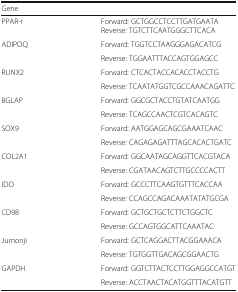
<table><thead><tr><td><b>Gene</b></td><td>[EMPTY_CELL]</td></tr></thead><tbody><tr><td>PPAR-r</td><td>Forward: GCTGGCCTCCTTGATGAATAReverse: TGTCTTCAATGGGCTTCACA</td></tr><tr><td rowspan="2">ADIPOQ</td><td>Forward: TGGTCCTAAGGGAGACATCG</td></tr><tr><td>Reverse: TGGAATTTACCAGTGGAGCC</td></tr><tr><td rowspan="2">RUNX2</td><td>Forward: CTCACTACCACACCTACCTG</td></tr><tr><td>Reverse: TCAATATGGTCGCCAAACAGATTC</td></tr><tr><td rowspan="2">BGLAP</td><td>Forward: GGCGCTACCTGTATCAATGG</td></tr><tr><td>Reverse: TCAGCCAACTCGTCACAGTC</td></tr><tr><td rowspan="2">SOX9</td><td>Forward: AATGGAGCAGCGAAATCAAC</td></tr><tr><td>Reverse: CAGAGAGATTTAGCACACTGATC</td></tr><tr><td rowspan="2">COL2A1</td><td>Forward: GGCAATAGCAGGTTCACGTACA</td></tr><tr><td>Reverse: CGATAACAGTCTTGCCCCACTT</td></tr><tr><td rowspan="2">IDO</td><td>Forward: GCCCTTCAAGTGTTTCACCAA</td></tr><tr><td>Reverse: CCAGCCAGACAAATATATGCGA</td></tr><tr><td rowspan="2">CD98</td><td>Forward: GCTGCTGCTCTTCTGGCTC</td></tr><tr><td>Reverse: GCCAGTGGCATTCAAATAC</td></tr><tr><td rowspan="2">Jumonji</td><td>Forward: GCTCAGGACTTACGGAAACA</td></tr><tr><td>Reverse: TGTGGTTGACAGCGGAACTG</td></tr><tr><td rowspan="2">GAPDH</td><td>Forward: GGTCTTACTCCTTGGAGGCCATGT</td></tr><tr><td>Reverse: ACCTAACTACATGGTTTACATGTT</td></tr></tbody></table>